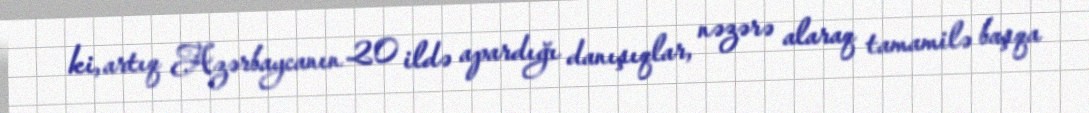
ki, artıq Azərbaycanın 20 ildə apardığı danışıqlar, nəzərə alaraq tamamilə başqa